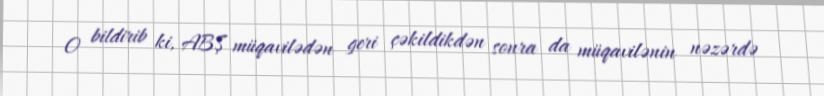
O bildirib ki, ABŞ müqavilədən geri çəkildikdən sonra da müqavilənin nəzərdə